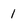
Character: 1